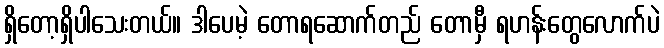
ရှိတော့ရှိပါသေးတယ်။ ဒါပေမဲ့ တောရဆောက်တည် တောမှီ ရဟန်းတွေလောက်ပဲ